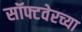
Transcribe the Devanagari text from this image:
सॉफ्टवेरच्या